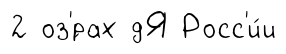
2 оз'́рах дЯ Росс'и́и